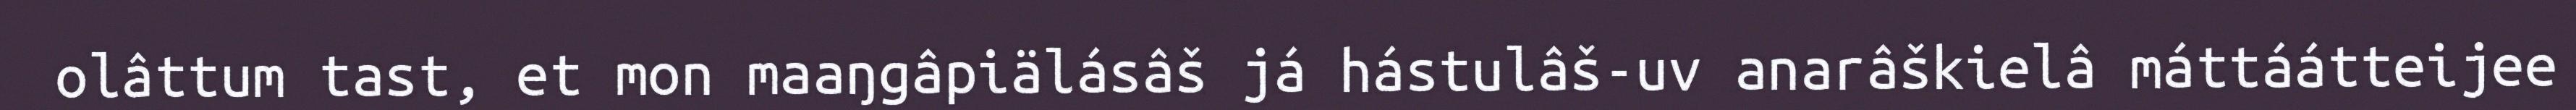
olâttum tast, et mon maaŋgâpiälásâš já hástulâš-uv anarâškielâ máttáátteijee